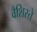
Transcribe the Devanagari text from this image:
वैशिस्ते